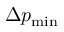
\Delta p _ { \mathrm { m i n } }